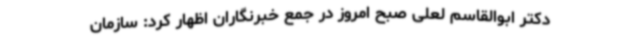
دکتر ابوالقاسم لعلی صبح امروز در جمع خبرنگاران اظهار کرد: سازمان